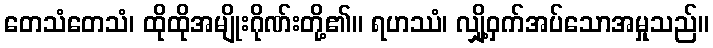
တေသံတေသံ၊ ထိုထိုအမျိုးဂိုဏ်းတို့၏။ ရဟဿံ၊ လျှို့ဝှက်အပ်သောအမှုသည်။